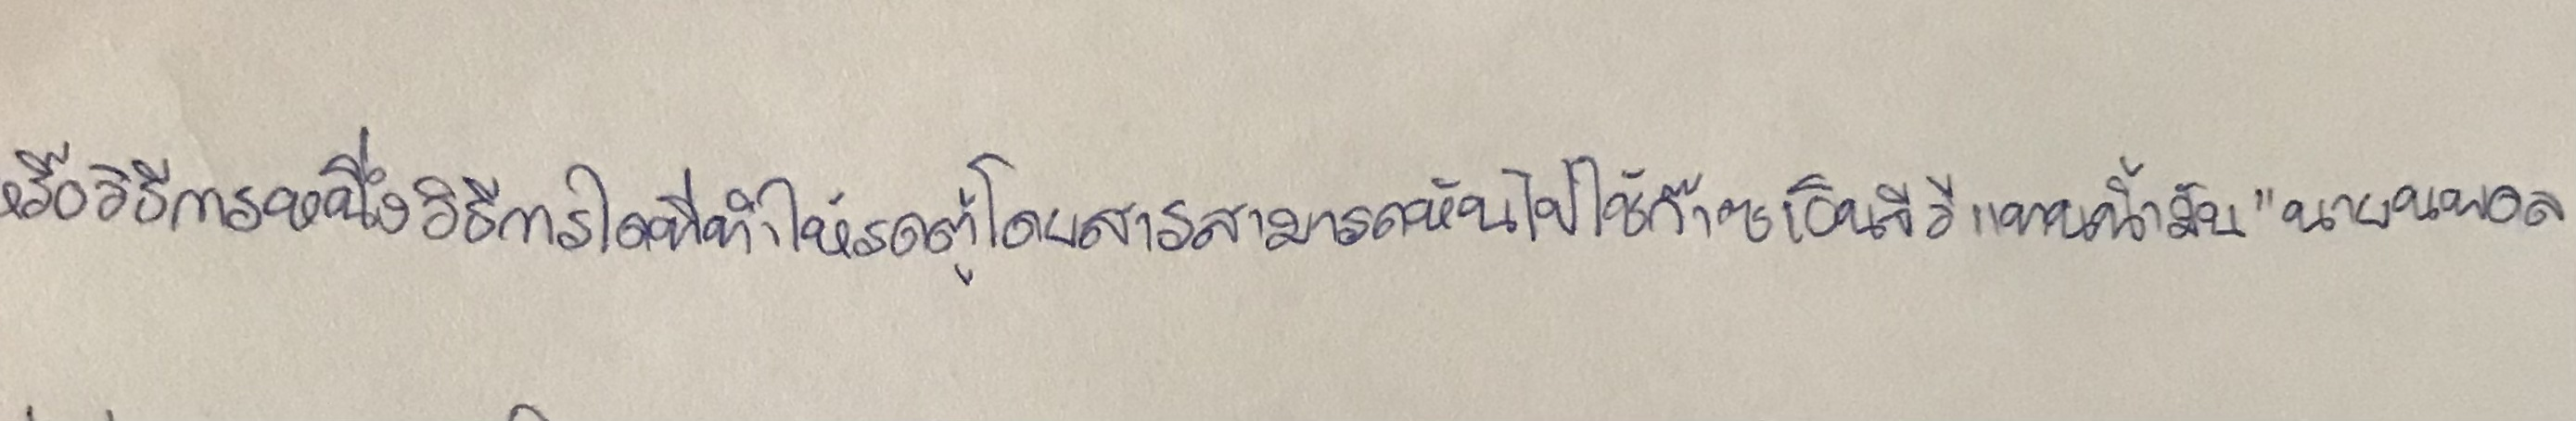
หรือวิธีการหนึ่งวิธีการใดที่ทำให้รถตู้โดยสารสามารถหันไปใช้ก๊าซเอ็นจีวีแทนน้ำมัน"นายนพดล